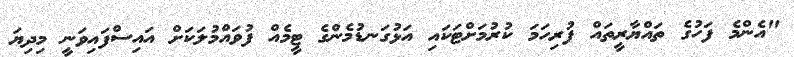
"އެންމެ ފަހުގެ ތައްޔާރީތައް ފުރިހަމަ ކުރުމަށްޓަކައި އަޅުގަނޑުމެންގެ ޓީމެއް ފުވައްމުލަކަށް އައިސްފައިވަނީ މިދިޔަ